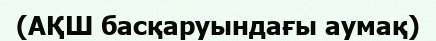
(АҚШ басқаруындағы аумақ)